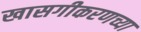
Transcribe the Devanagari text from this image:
खासगीकरणच्या